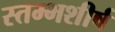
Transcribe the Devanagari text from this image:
स्तम्भशीर्ष